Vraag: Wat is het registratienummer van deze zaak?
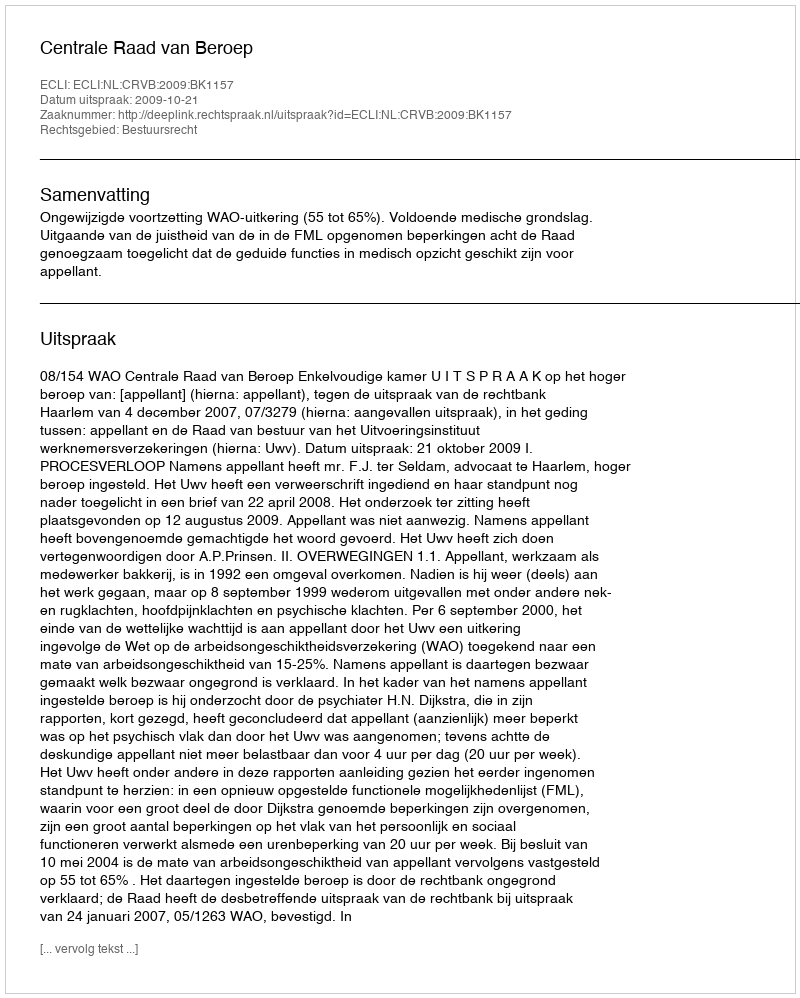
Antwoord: http://deeplink.rechtspraak.nl/uitspraak?id=ECLI:NL:CRVB:2009:BK1157